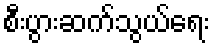
စီးပွားဆက်သွယ်ရေး